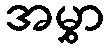
အမွှာ